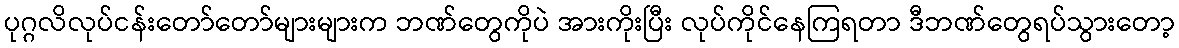
ပုဂ္ဂလိလုပ်ငန်းတော်တော်များများက ဘဏ်တွေကိုပဲ အားကိုးပြီး လုပ်ကိုင်နေကြရတာ ဒီဘဏ်တွေရပ်သွားတော့